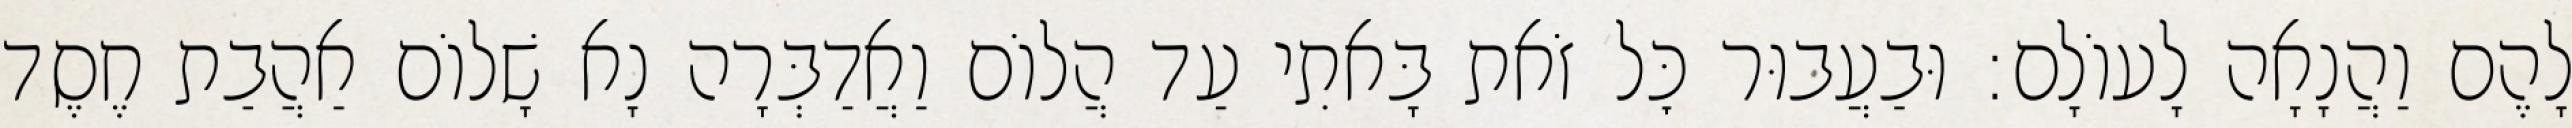
לָהֶם וַהֲנָאָה לָעוֹלָם: וּבַעֲבוּר כׇּל זֹאת בָּאתִי עַד הֲלוֹם וַאֲדַבְּרָה נָא שָׁלוֹם אַהֲבַת חֶסֶד